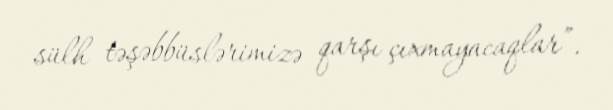
sülh təşəbbüslərimizə qarşı çıxmayacaqlar”.